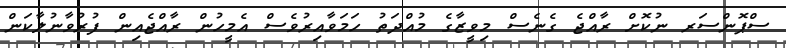
ސްޕޮންސަރ ނުކޮށް ރާއްޖެ ގެނެސް މިވީޒާގެ މުއްދަތު ހަމަވާއިރުވެސް އެމީހުން ރާއްޖެއިން ފުރުވާނުލާކަން